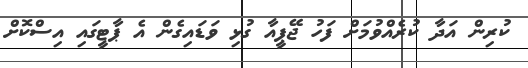
ކުރިން އަދާ ކުރެއްވުމަށް ފަހު ޖޭޕީއާ ގުޅި ވަޑައިގެން އެ ޕާޓީގައި އިސްކޮށް